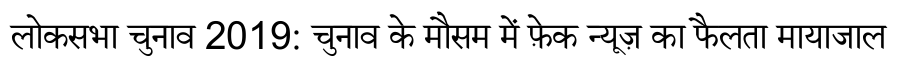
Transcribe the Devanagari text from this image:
लोकसभा चुनाव 2019: चुनाव के मौसम में फ़ेक न्यूज़ का फैलता मायाजाल